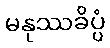
မနုဿခိပ္ပံ